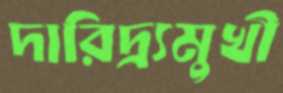
দারিদ্র্যমুখী